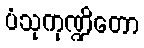
ပံသုကုဏ္ဍိတော